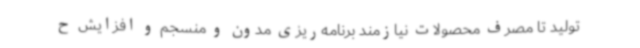
تولید تا مصرف محصولات نیازمند برنامه‌ریزی مدون و منسجم و افزایش ح